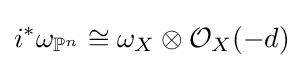
i^{*}\omega _{\mathbb {P} ^{n}}\cong \omega _{X}\otimes {\mathcal {O}}_{X}(-d)